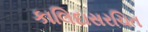
કાલિદાસરચિત